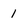
Character: 1